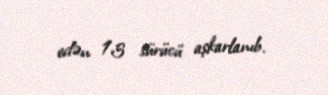
edən 13 sürücü aşkarlanıb.